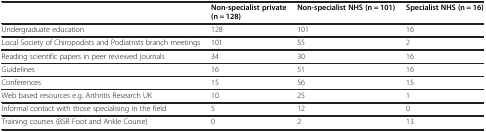
|  | Non-specialist private (n = 128) | Non-specialist NHS (n = 101) | Specialist NHS (n = 16) |
 | --- | --- | --- | --- |
 | Undergraduate education | 128 | 101 | 16 |
 | Local Society of Chiropodists and Podiatrists branch meetings | 101 | 55 | 2 |
 | Reading scientific papers in peer reviewed journals | 34 | 30 | 16 |
 | Guidelines | 16 | 51 | 16 |
 | Conferences | 15 | 56 | 15 |
 | Web based resources e.g. Arthritis Research UK | 10 | 25 | 1 |
 | Informal contact with those specialising in the field | 5 | 12 | 0 |
 | Training courses (BSR Foot and Ankle Course) | 0 | 2 | 13 |